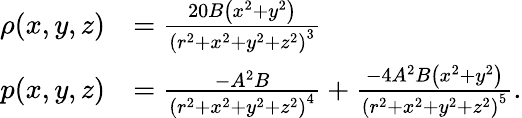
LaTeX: {\begin{array}{rl}{\rho(x,y,z)}&{={\frac{20B\left(x^{2}+y^{2}\right)}{\left(r^{2}+x^{2}+y^{2}+z^{2}\right)^{3}}}}\\ {p(x,y,z)}&{={\frac{-A^{2}B}{\left(r^{2}+x^{2}+y^{2}+z^{2}\right)^{4}}}+{\frac{-4A^{2}B\left(x^{2}+y^{2}\right)}{\left(r^{2}+x^{2}+y^{2}+z^{2}\right)^{5}}}.}\end{array}}